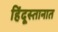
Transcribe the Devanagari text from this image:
हिंदूस्तानात